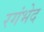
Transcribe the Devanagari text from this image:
रगंभेद